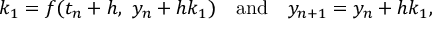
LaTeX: k _ { 1 } = f ( t _ { n } + h , \ y _ { n } + h k _ { 1 } ) \quad { \mathrm { a n d } } \quad y _ { n + 1 } = y _ { n } + h k _ { 1 } ,